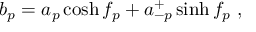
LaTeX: b _ { p } = a _ { p } \cosh f _ { p } + a _ { - p } ^ { + } \sinh f _ { p } ~ ,